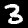
Digit: 3